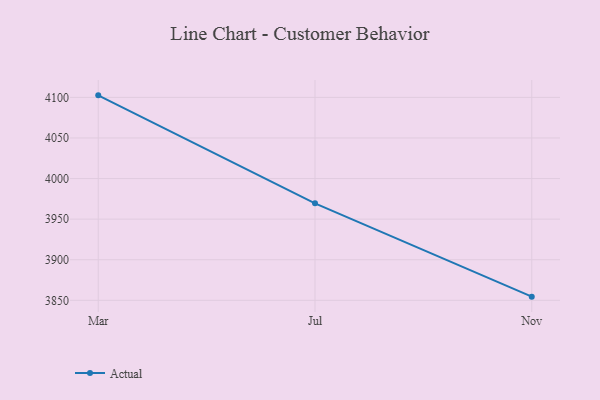
{"axis": {"x": "Month", "y": "Energy Usage (MWh)"}, "legend": ["Actual"], "data": [{"x": "Mar", "y": 4102.5, "type": "Actual"}, {"x": "Jul", "y": 3969.5, "type": "Actual"}, {"x": "Nov", "y": 3854.5, "type": "Actual"}]}